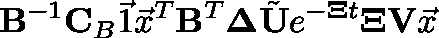
\mathbf { B } ^ { - 1 } \mathbf { C } _ { B } \vec { 1 } \vec { x } ^ { T } \mathbf { B } ^ { T } \mathbf { \Delta } \tilde { \mathbf { U } } e ^ { - \mathbf { \Xi } t } \mathbf { \Xi } \mathbf { V } \vec { x }